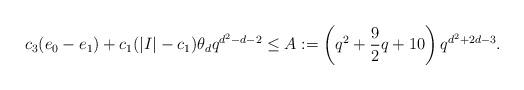
LaTeX: \begin{align*}c_3(e_0-e_1)+c_1(|I|-c_1)\theta_dq^{d^2-d-2}\le A:=\left(q^2+\frac92q+10\right)q^{d^2+2d-3}.\end{align*}